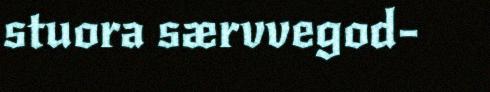
stuora særvvegod-